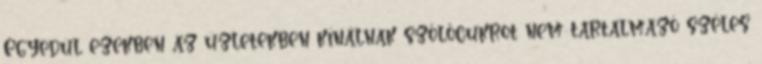
Egyedül ezekben az üzletekben kínálnak szőlőcukrot nem tartalmazó széles